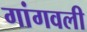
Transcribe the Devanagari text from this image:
गांगवली